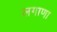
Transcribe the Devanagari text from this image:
लगाणा